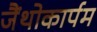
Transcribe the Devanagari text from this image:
जैंथोकार्पम